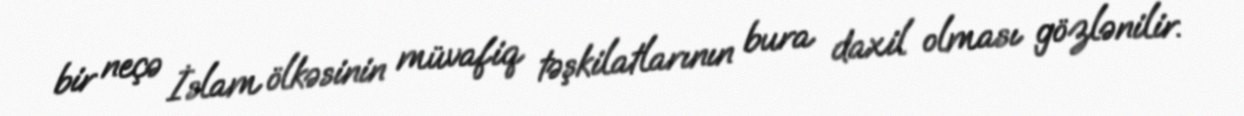
bir neçə İslam ölkəsinin müvafiq təşkilatlarının bura daxil olması gözlənilir.